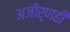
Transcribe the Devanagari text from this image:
अजीर्णही